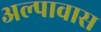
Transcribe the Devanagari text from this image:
अल्पावास